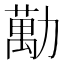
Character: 勱